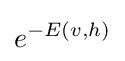
e^{-E(v,h)}